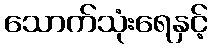
သောက်သုံးရေနှင့်